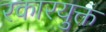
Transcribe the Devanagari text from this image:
रकारयुक्त